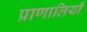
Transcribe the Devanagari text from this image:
प्राणालियाँ